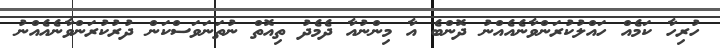
ހުރިހާ ކަމެއް ހައްލުކުރަންވާނެއެއްނު ދޮންބެ އާ މިންނުއާ ދެމެދު ތިއޮތް ނުތަނަވަސްކަން ދުރުކުރަންވާނެއެއްނު